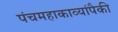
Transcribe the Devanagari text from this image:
पंचमहाकाव्यांपैकी